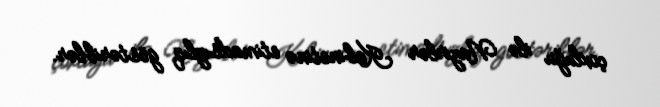
çoxluğu ilə Nazirlər Kabinetinə etimadsızlıq göstəriblər.